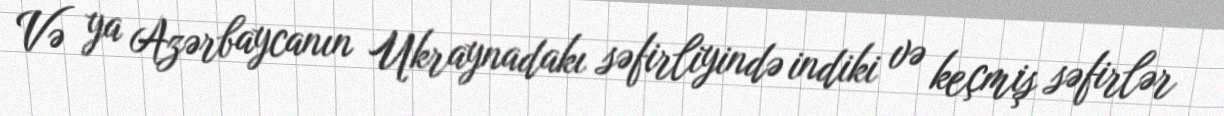
Və ya Azərbaycanın Ukraynadakı səfirliyində indiki və keçmiş səfirlər